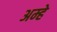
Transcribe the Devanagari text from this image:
अम्हे